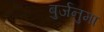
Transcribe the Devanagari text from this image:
बुर्जनुमा